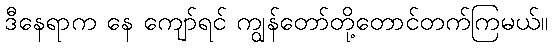
ဒီနေရာက နေ ကျော်ရင် ကျွန်တော်တို့တောင်တက်ကြမယ်။